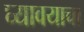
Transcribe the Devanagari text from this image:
घ्‍यावयाचा